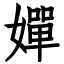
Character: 嬋